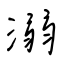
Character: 溺